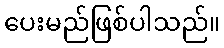
ပေးမည်ဖြစ်ပါသည်။